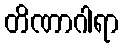
တိဏာဂါရာ